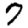
Digit: 7